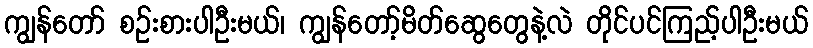
ကျွန်တော် စဉ်းစားပါဦးမယ်၊ ကျွန်တော့်မိတ်ဆွေတွေနဲ့လဲ တိုင်ပင်ကြည့်ပါဦးမယ်